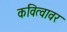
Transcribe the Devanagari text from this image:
कवित्वावर